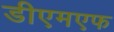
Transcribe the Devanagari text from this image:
डीएमएफ